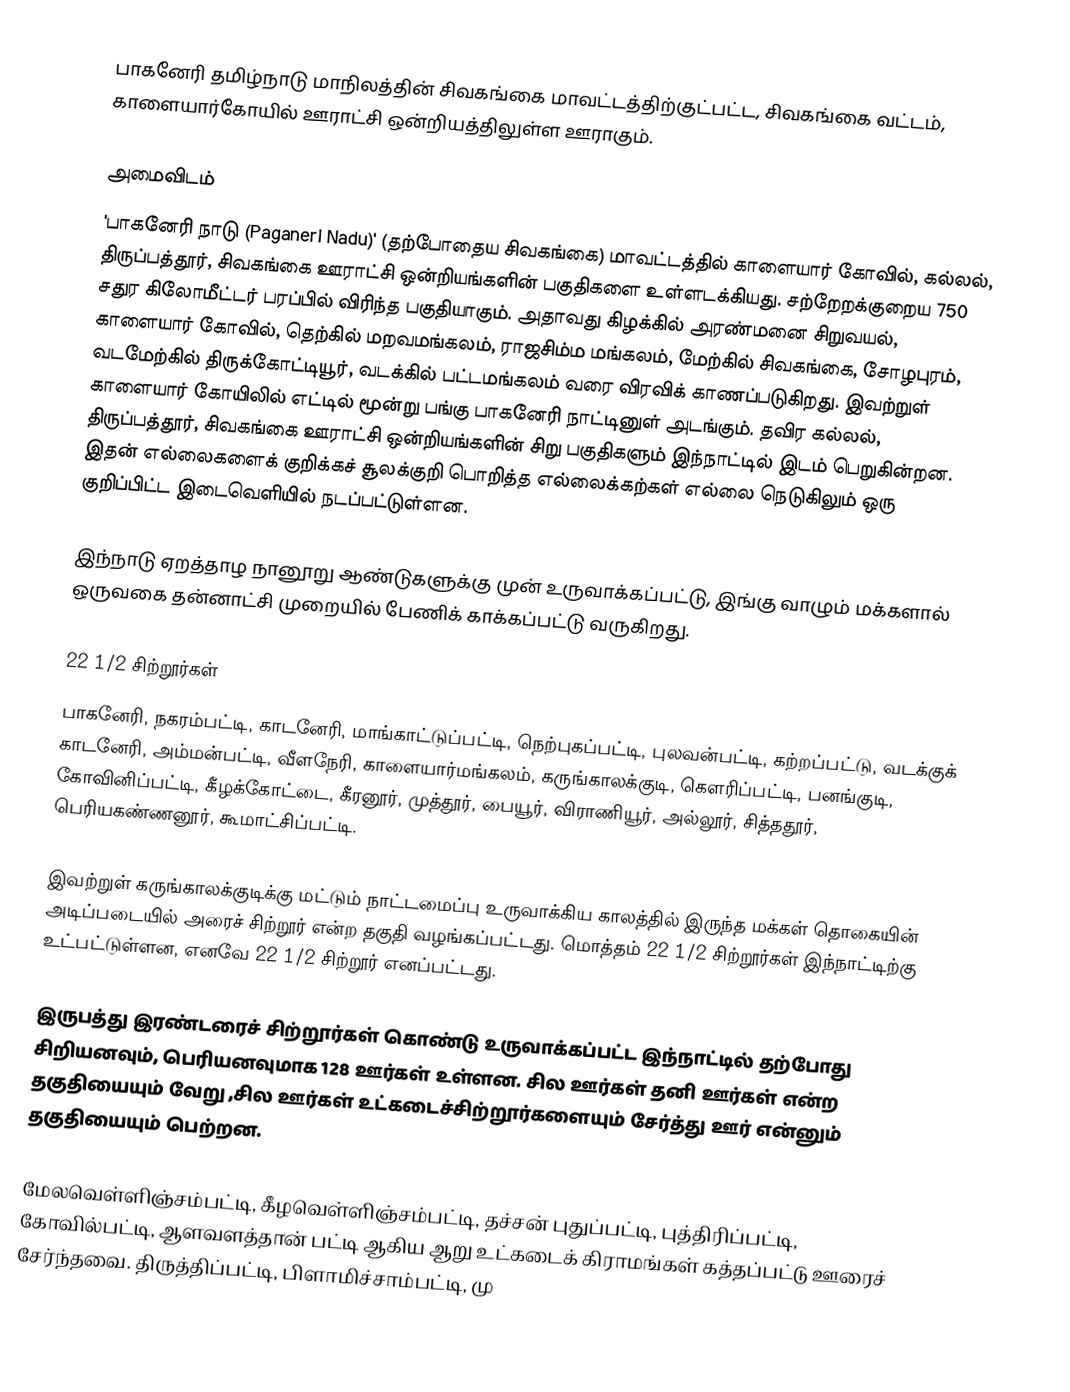
பாகனேரி தமிழ்நாடு மாநிலத்தின் சிவகங்கை மாவட்டத்திற்குட்பட்ட, சிவகங்கை வட்டம், காளையார்கோயில் ஊராட்சி ஒன்றியத்திலுள்ள ஊராகும்.

அமைவிடம்
'பாகனேரி நாடு (Paganeri Nadu)' (தற்போதைய சிவகங்கை) மாவட்டத்தில் காளையார் கோவில், கல்லல், திருப்பத்தூர், சிவகங்கை ஊராட்சி ஒன்றியங்களின் பகுதிகளை உள்ளடக்கியது. சற்றேறக்குறைய 750 சதுர கிலோமீட்டர் பரப்பில் விரிந்த பகுதியாகும். அதாவது கிழக்கில் அரண்மனை சிறுவயல், காளையார் கோவில், தெற்கில் மறவமங்கலம், ராஜசிம்ம மங்கலம், மேற்கில் சிவகங்கை, சோழபுரம், வடமேற்கில் திருக்கோட்டியூர், வடக்கில் பட்டமங்கலம் வரை விரவிக் காணப்படுகிறது. இவற்றுள் காளையார் கோயிலில் எட்டில் மூன்று பங்கு பாகனேரி நாட்டினுள் அடங்கும். தவிர கல்லல், திருப்பத்தூர், சிவகங்கை ஊராட்சி ஒன்றியங்களின் சிறு பகுதிகளும் இந்நாட்டில் இடம் பெறுகின்றன. இதன் எல்லைகளைக் குறிக்கச் சூலக்குறி பொறித்த எல்லைக்கற்கள் எல்லை நெடுகிலும் ஒரு குறிப்பிட்ட இடைவெளியில் நடப்பட்டுள்ளன.

இந்நாடு ஏறத்தாழ நானூறு ஆண்டுகளுக்கு முன் உருவாக்கப்பட்டு, இங்கு வாழும் மக்களால் ஒருவகை தன்னாட்சி முறையில் பேணிக் காக்கப்பட்டு வருகிறது.

22 1/2 சிற்றூர்கள்
பாகனேரி, நகரம்பட்டி, காடனேரி, மாங்காட்டுப்பட்டி, நெற்புகப்பட்டி, புலவன்பட்டி, கற்றப்பட்டு, வடக்குக் காடனேரி, அம்மன்பட்டி, வீளநேரி, காளையார்மங்கலம், கருங்காலக்குடி, கௌரிப்பட்டி, பனங்குடி, கோவினிப்பட்டி, கீழக்கோட்டை, கீரனூர், முத்தூர், பையூர், விராணியூர், அல்லூர், சித்ததூர், பெரியகண்ணனூர், கூமாட்சிப்பட்டி.

இவற்றுள் கருங்காலக்குடிக்கு மட்டும் நாட்டமைப்பு உருவாக்கிய காலத்தில் இருந்த மக்கள் தொகையின் அடிப்படையில் அரைச் சிற்றூர் என்ற தகுதி வழங்கப்பட்டது. மொத்தம் 22 1/2  சிற்றூர்கள் இந்நாட்டிற்கு உட்பட்டுள்ளன, எனவே 22 1/2 சிற்றூர் எனப்பட்டது.

இருபத்து இரண்டரைச் சிற்றூர்கள் கொண்டு உருவாக்கப்பட்ட இந்நாட்டில் தற்போது சிறியனவும், பெரியனவுமாக 128 ஊர்கள் உள்ளன. சில ஊர்கள் தனி ஊர்கள் என்ற தகுதியையும் வேறு ,சில ஊர்கள் உட்கடைச்சிற்றூர்களையும் சேர்த்து ஊர் என்னும் தகுதியையும் பெற்றன.

மேலவெள்ளிஞ்சம்பட்டி, கீழவெள்ளிஞ்சம்பட்டி, தச்சன் புதுப்பட்டி, புத்திரிப்பட்டி, கோவில்பட்டி, ஆளவளத்தான் பட்டி ஆகிய ஆறு உட்கடைக் கிராமங்கள் கத்தப்பட்டு ஊரைச் சேர்ந்தவை. திருத்திப்பட்டி, பிளாமிச்சாம்பட்டி, மு